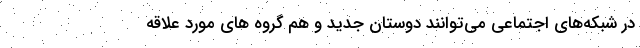
در شبکه‌های اجتماعی می‌توانند دوستان جدید و هم گروه های مورد علاقه